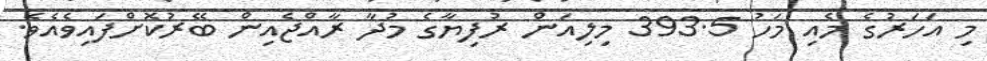
މި އަހަރުގެ މެއި މަހު 393.5 މިލިއަން ރުފިޔާގެ މުދާ ރާއްޖެއިން ބޭރުކޮށްފައިވެއެވެ.